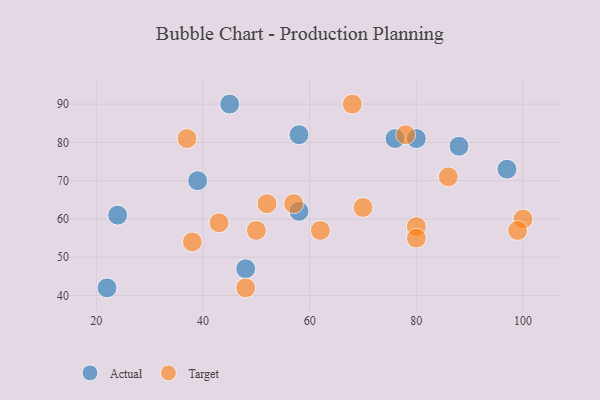
{"axis": {"x": "GDP", "y": "Life Expectancy"}, "legend": ["Actual", "Target"], "data": [{"x": "48", "y": 47, "type": "Actual"}, {"x": "58", "y": 82, "type": "Actual"}, {"x": "58", "y": 62, "type": "Actual"}, {"x": "97", "y": 73, "type": "Actual"}, {"x": "22", "y": 42, "type": "Actual"}, {"x": "45", "y": 90, "type": "Actual"}, {"x": "88", "y": 79, "type": "Actual"}, {"x": "24", "y": 61, "type": "Actual"}, {"x": "76", "y": 81, "type": "Actual"}, {"x": "39", "y": 70, "type": "Actual"}, {"x": "80", "y": 81, "type": "Actual"}, {"x": "100", "y": 60, "type": "Target"}, {"x": "48", "y": 42, "type": "Target"}, {"x": "78", "y": 82, "type": "Target"}, {"x": "80", "y": 58, "type": "Target"}, {"x": "52", "y": 64, "type": "Target"}, {"x": "68", "y": 90, "type": "Target"}, {"x": "62", "y": 57, "type": "Target"}, {"x": "43", "y": 59, "type": "Target"}, {"x": "37", "y": 81, "type": "Target"}, {"x": "99", "y": 57, "type": "Target"}, {"x": "57", "y": 64, "type": "Target"}, {"x": "38", "y": 54, "type": "Target"}, {"x": "86", "y": 71, "type": "Target"}, {"x": "70", "y": 63, "type": "Target"}, {"x": "50", "y": 57, "type": "Target"}, {"x": "80", "y": 55, "type": "Target"}]}